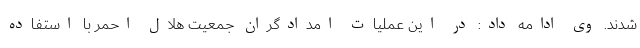
شدند. وی ادامه داد: در این عملیات امدادگران جمعیت هلال احمر با استفاده